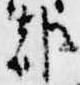
都